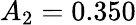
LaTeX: A_{2}=0.350